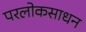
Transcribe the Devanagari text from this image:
परलोकसाधन